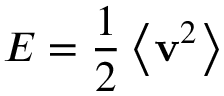
{ \cal E } = { \frac { 1 } { 2 } } \left\langle \mathbf { v } ^ { 2 } \right\rangle